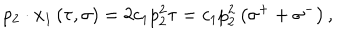
p _ { 2 } \cdot x _ { 1 } \left( \tau , \sigma \right) = 2 c _ { 1 } p _ { 2 } ^ { 2 } \tau = c _ { 1 } p _ { 2 } ^ { 2 } \left( \sigma ^ { + } + \sigma ^ { - } \right) ,